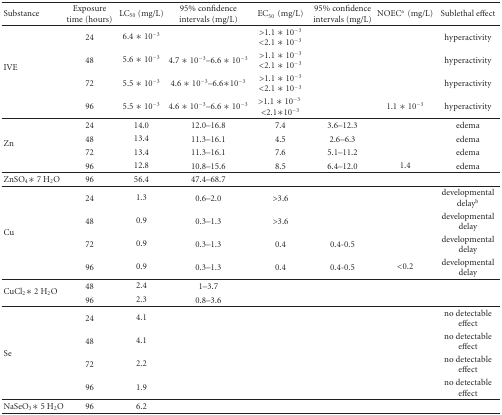
<table><thead><tr><td><b>Substance</b></td><td><b>Exposure time (hours)</b></td><td><b>LC<sub>50</sub> (mg/L)</b></td><td><b>95% confidence intervals (mg/L)</b></td><td><b>EC<sub>50</sub>(mg/L)</b></td><td><b>95% confidence intervals (mg/L)</b></td><td><b>NOEC<sup>a</sup>(mg/L)</b></td><td><b>Sublethal effect</b></td></tr></thead><tbody><tr><td rowspan="4">IVE</td><td>24</td><td>6.4 ∗ 10<sup>−3</sup></td><td></td><td>&gt;1.1 ∗ 10<sup>−3</sup>&lt;2.1 ∗ 10<sup>−3</sup></td><td></td><td> </td><td>hyperactivity</td></tr><tr><td>48</td><td> 5.6 ∗ 10<sup>−3</sup></td><td>4.7 ∗ 10<sup>−3</sup>–6.6 ∗ 10<sup>−3</sup></td><td>&gt;1.1 ∗ 10<sup>−3</sup>&lt;2.1 ∗ 10<sup>−3</sup></td><td></td><td> </td><td>hyperactivity</td></tr><tr><td>72</td><td>5.5 ∗ 10<sup>−3</sup></td><td>4.6 ∗ 10<sup>−3</sup>–6.6∗10<sup>−3</sup></td><td>&gt;1.1 ∗ 10<sup>−3</sup>&lt;2.1 ∗ 10<sup>−3</sup></td><td></td><td> </td><td>hyperactivity</td></tr><tr><td>96</td><td>5.5 ∗ 10<sup>−3</sup></td><td>4.6 ∗ 10<sup>−3</sup>–6.6 ∗ 10<sup>−3</sup></td><td>&gt;1.1 ∗ 10<sup>−3</sup>&lt;2.1∗10<sup>−3</sup></td><td></td><td>1.1 ∗ 10<sup>−3</sup></td><td>hyperactivity</td></tr><tr><td rowspan="4">Zn</td><td>24</td><td>14.0</td><td>12.0–16.8</td><td>7.4</td><td>3.6–12.3</td><td> </td><td>edema</td></tr><tr><td>48</td><td>13.4</td><td>11.3–16.1</td><td>4.5</td><td>2.6–6.3</td><td> </td><td>edema</td></tr><tr><td>72</td><td>13.4</td><td>11.3–16.1</td><td>7.6</td><td>5.1–11.2</td><td> </td><td>edema</td></tr><tr><td>96</td><td>12.8</td><td>10.8–15.6</td><td>8.5</td><td>6.4–12.0</td><td>1.4</td><td>edema</td></tr><tr><td>ZnSO<sub>4</sub> ∗ 7 H<sub>2</sub>O</td><td>96</td><td>56.4</td><td>47.4–68.7</td><td></td><td></td><td> </td><td></td></tr><tr><td rowspan="4">Cu</td><td>24</td><td>1.3</td><td>0.6–2.0</td><td>&gt;3.6</td><td></td><td> </td><td>developmental delay<sup>b</sup></td></tr><tr><td>48</td><td>0.9</td><td>0.3–1.3</td><td>&gt;3.6</td><td></td><td> </td><td>developmental delay</td></tr><tr><td>72</td><td>0.9</td><td>0.3–1.3</td><td>0.4</td><td>0.4-0.5</td><td> </td><td>developmental delay</td></tr><tr><td>96</td><td>0.9</td><td>0.3–1.3</td><td>0.4</td><td>0.4-0.5</td><td> &lt;0.2</td><td>developmental delay </td></tr><tr><td rowspan="2">CuCl<sub>2</sub> ∗ 2 H<sub>2</sub>O</td><td>48</td><td>2.4</td><td>1–3.7</td><td></td><td></td><td> </td><td></td></tr><tr><td>96</td><td>2.3</td><td>0.8–3.6</td><td></td><td></td><td> </td><td></td></tr><tr><td rowspan="4">Se</td><td>24</td><td>4.1</td><td></td><td></td><td></td><td> </td><td>no detectable effect</td></tr><tr><td>48</td><td>4.1</td><td></td><td></td><td></td><td> </td><td>no detectable effect</td></tr><tr><td>72</td><td>2.2</td><td></td><td></td><td></td><td> </td><td>no detectable effect</td></tr><tr><td>96</td><td>1.9</td><td></td><td></td><td></td><td> </td><td>no detectable effect</td></tr><tr><td>NaSeO<sub>3</sub> ∗ 5 H<sub>2</sub>O</td><td>96</td><td>6.2</td><td></td><td></td><td></td><td> </td><td></td></tr></tbody></table>